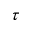
\tau